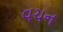
વચન